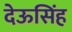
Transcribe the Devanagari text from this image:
देऊसिंह